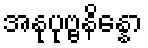
အနုပုဗ္ဗနိန္နော